kultuurilooline_kollektsioon, lk 15
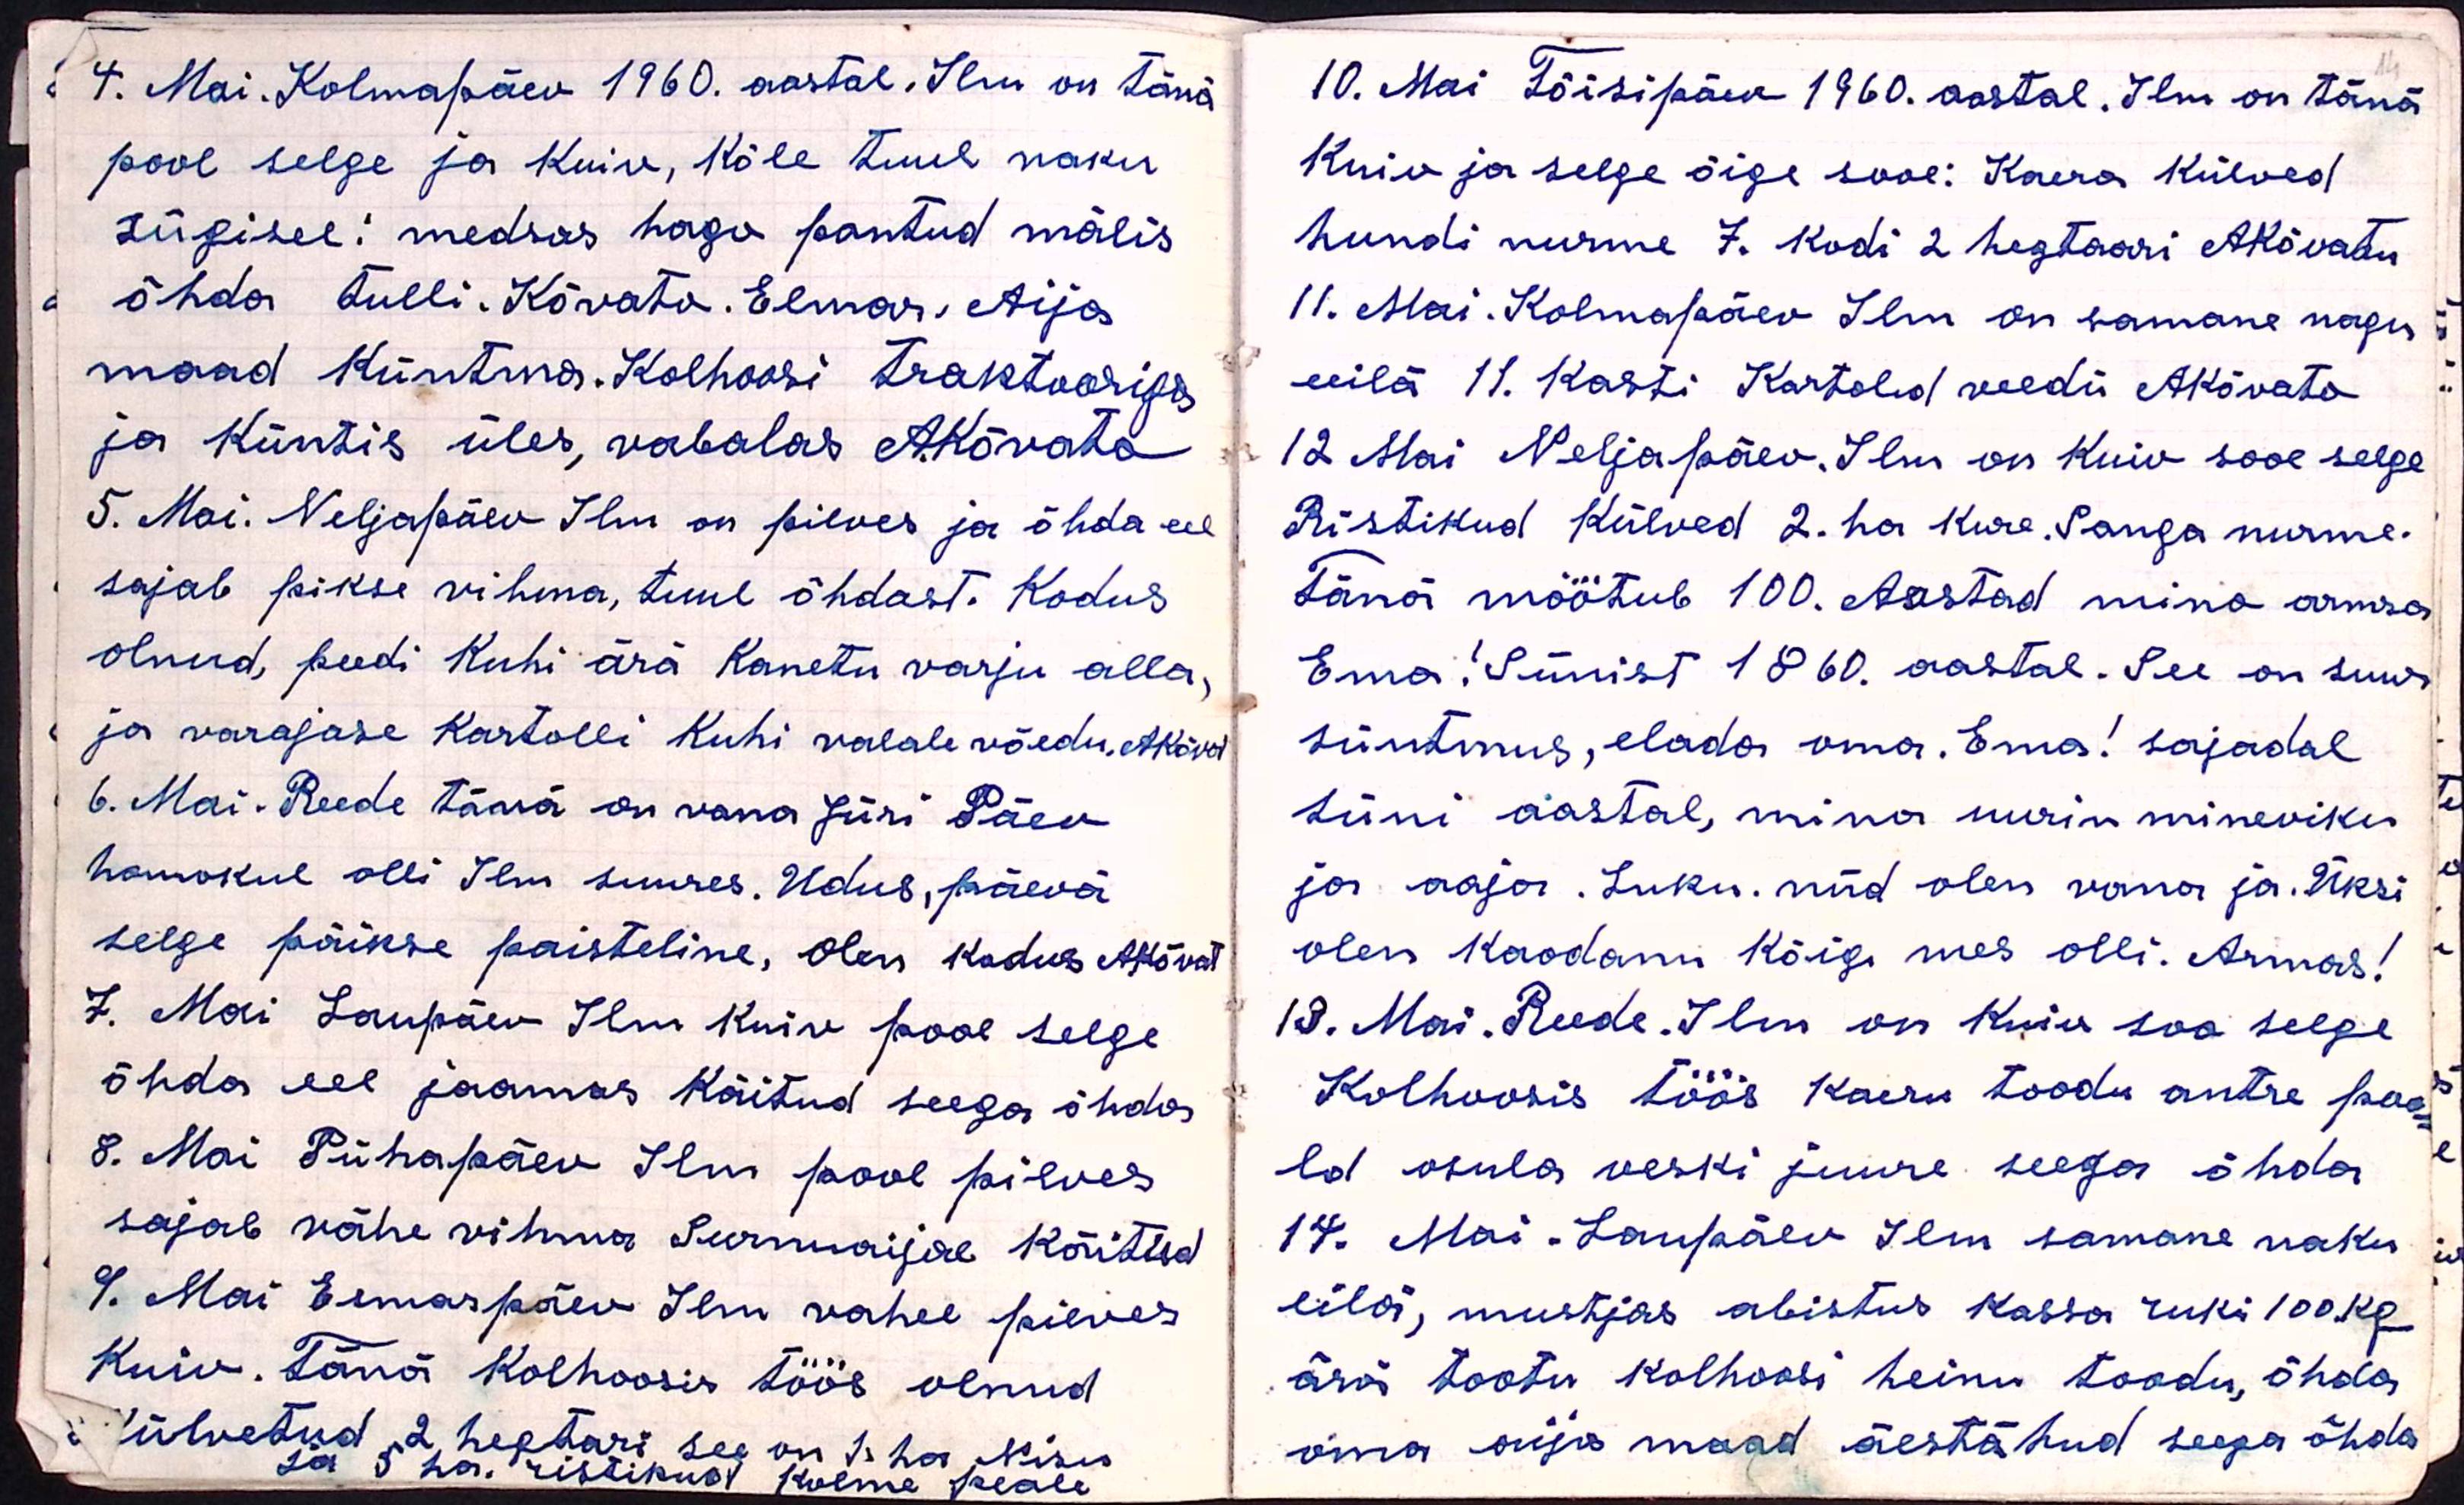
4. Mai. Kolmapäev 1960. aastal. Ilm on tänä
pool selge ja kuiv, kõle tuul naku
sügisel: medsas hago pantud mälis
õhda tulli. Kõvato. Elmar Aija
maad Küntma. Kolhoosi traktooriga
ja küntis üles, vabalas AKõvato
5. Mai. Neljapäev Ilm on pilves ja õhda eel
sajab pikse vihma, tuul õhdast. Kodus
olnud, peedi kuhi ärä Kanetu varju alla,
ja varajase kartolli kuhi valale võedu. AKõvat
6. Mai. Reede tänä on vana Jüri Päev
homokul olli Ilm suures. Udus, päevä
selge päikse paisteline, olen kodus AKõvat
7. Mai Laupäev Ilm Kuiv pool selge
õhda eel jaamas käitud seega õhda
8. Mai Pühapäev Ilm pool pilves
sajab vähe vihma Surnuaijal käitud
9. Mai Esmaspäev Ilm vahel pilves
Kuiv. Tänä Kolhoosis töös olnud
ülvetud, 2, hegtari see on 1. ha. Nisu
ja 5 ha. ristikud kolme peale.

10. Mai Tõisipäev 1960. aastal. Ilm on tänä
Kuiv ja selge õige sooe: Kaera külved
hundi nurme 7. Kodi 2 hegtaari AKõvatu
11. Mai. Kolmapäev Ilm on sarnane nagu
eeilä 11. Kasti Kartolid veedü AKõvato
12 Mai Neljapäev. Ilm on kuiv sooe selge
Ristikud külved 2. ha kure. Sanga nurme.
Tänä möötub 100. Aastad mino armsa
Ema! Sünist 1860 aastal. See on suur
süntmus, elada oma. Ema! sajadal
süni aastal, mina uurin mineviku
ja aaja. Luku. nüd olen vana ja. Üksi
olen Kaodanu Kõig mes olli. Armas!
13. Mai. Reede. Ilm on kuiv soo selge
Kolhoosis töös kaeru toodu antre poo-
ld osula veski juure seega õhda
14. Mai - Laupäev Ilm sarnane naku
eilä, mustjas abistus kassa ruki 100 kg
ärä tootu kolhoosi heinu toodu, õhda
oma aija maad äestätud seega õhda